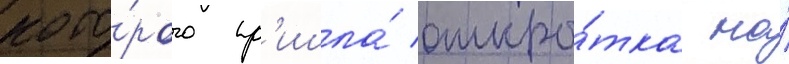
кото́рого пр'ишла́ откры́тка на́